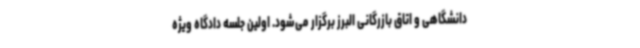
دانشگاهی و اتاق بازرگانی البرز برگزار می‌شود. اولین جلسه دادگاه ویژه